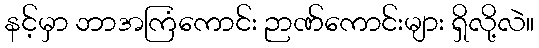
နင့်မှာ ဘာအကြံကောင်း ဉာဏ်ကောင်းများ ရှိလို့လဲ။